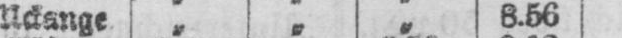
Uckange „ „ „ 8.56